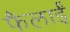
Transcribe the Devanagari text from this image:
फैलाईं